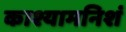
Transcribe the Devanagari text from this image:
काश्यामनिशं